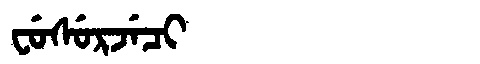
Manchu: ᠸᡠᠰᡠᡵᠵᡝᠴᡳ
Romanization: FUSURJECI